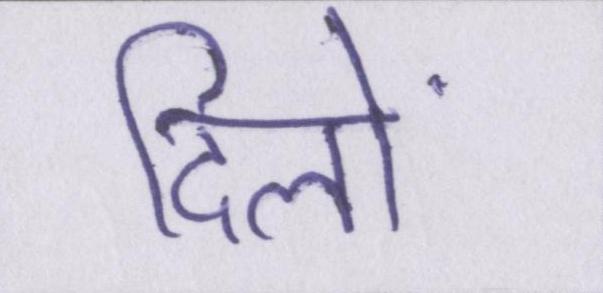
दिलों